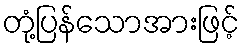
တုံ့ပြန်သောအားဖြင့်